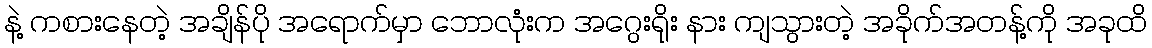
နဲ့ ကစားနေတဲ့ အချိန်ပို အရောက်မှာ ဘောလုံးက အဂွေးရိုး နား ကျသွားတဲ့ အခိုက်အတန့်ကို အခုထိ